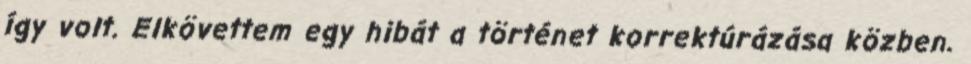
így volt. Elkövettem egy hibát a történet korrektúrázása közben.